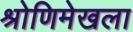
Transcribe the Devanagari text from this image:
श्रोणिमेखला